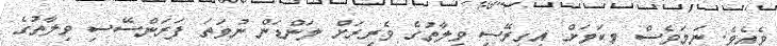
ވެއެވެ. ނަމަވެސް މިކަމަށް އިގިރޭސި ވިލާތުގެ ވެރިރަށް ލަންޑަން ނުވަތަ ފަރަންސޭސި ވިލާތުގެ